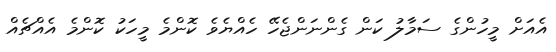
އެއަށް މީހުންގެ ސަމާލު ކަން ގެންނަންޖެހޭ ހެއްޔެވެ ކޮންމެ މީހަކު ކޮންމެ އެއްޗެއް